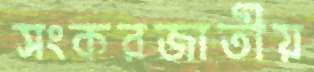
সংকরজাতীয়